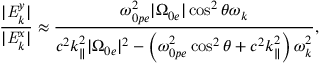
\frac { | \mathit { { E } } _ { k } ^ { y } | } { | \mathit { { E } } _ { k } ^ { x } | } \approx \frac { \omega _ { 0 p e } ^ { 2 } | \Omega _ { 0 e } | \cos ^ { 2 } \theta \omega _ { k } } { c ^ { 2 } k _ { \parallel } ^ { 2 } | \Omega _ { 0 e } | ^ { 2 } - \left( \omega _ { 0 p e } ^ { 2 } \cos ^ { 2 } \theta + c ^ { 2 } k _ { \parallel } ^ { 2 } \right) \omega _ { k } ^ { 2 } } ,